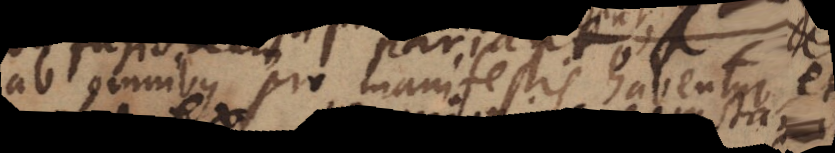
ab omnibus pro manifestis habentur et